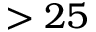
> 2 5